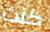
كنت